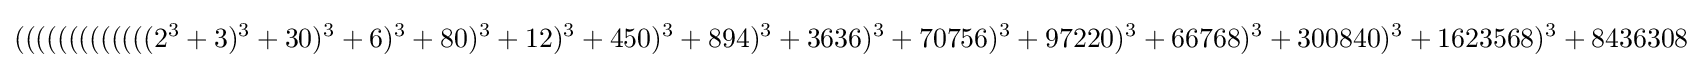
\displaystyle (((((((((((((2^{3}+3)^{3}+30)^{3}+6)^{3}+80)^{3}+12)^{3}+450)^{3}+894)^{3}+3636)^{3}+70756)^{3}+97220)^{3}+66768)^{3}+300840)^{3}+1623568)^{3}+8436308